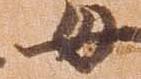
女